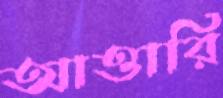
আত্তারি